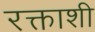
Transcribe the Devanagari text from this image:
रक्ताशी